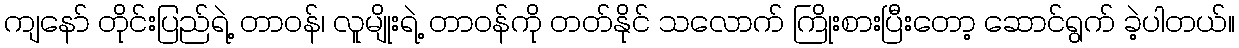
ကျနော် တိုင်းပြည်ရဲ့ တာဝန်၊ လူမျိုးရဲ့ တာဝန်ကို တတ်နိုင် သလောက် ကြိုးစားပြီးတော့ ဆောင်ရွက် ခဲ့ပါတယ်။